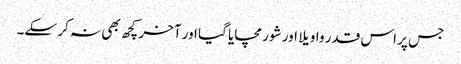
جس پر اس قدر واویلا اور شور مچایا گیا اور آخر کچھ بھی نہ کر سکے۔